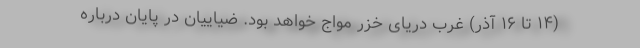
(۱۴ تا ۱۶ آذر) غرب دریای خزر مواج خواهد بود. ضیاییان در پایان درباره